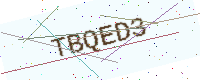
Text: TBQED3